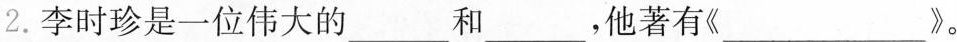
2.李时珍是一位伟大的___和___，他著有《___》。